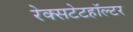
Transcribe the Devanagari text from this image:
रेक्सटेटहॉल्टर